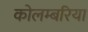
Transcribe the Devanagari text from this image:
कोलम्बरिया